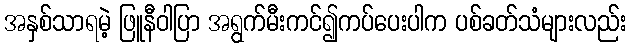
အနှစ်သာရမဲ့ ဖြူနီဝါပြာ အရွက်မီးကင်၍ကပ်ပေးပါက ပစ်ခတ်သံများလည်း